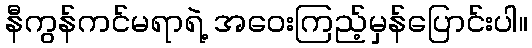
နီကွန်ကင်မရာရဲ့ အဝေးကြည့်မှန်ပြောင်းပါ။